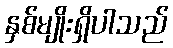
နှစ်မျိုးရှိပါသည်